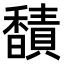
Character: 𫘁